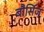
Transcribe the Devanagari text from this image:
बौर्सिज